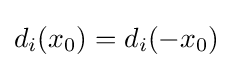
d_{i}(x_{0})=d_{i}(-x_{0})